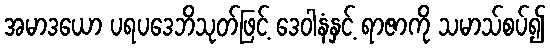
အမာဒယော ပရပဒေဘိသုတ်ဖြင့် ဒေဝါနံနှင့် ရာဇာကို သမာသ်စပ်၍